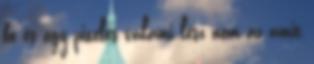
be és egy pixeles valami lesz nem az amit